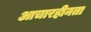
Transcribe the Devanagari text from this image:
आचारहीनता